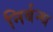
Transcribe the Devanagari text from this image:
निर्बन्ध